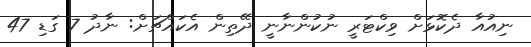
ނިއުއާ ދެކޮޅަށް ވިކްޓަރީ ނުކުންނާނީ ދޭތިން އެކައްޗަށް: ނާދު 7 ގަޑި 47